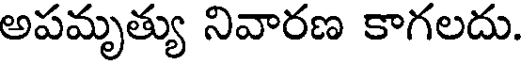
అపమృత్యు నివారణ కాగలదు.